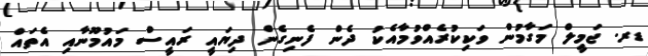
ޑރ. ޖަމީލް މަގާމުން ވަކިކުރެއްވުމާއެކު ދެން ފެނިގެން ދިޔައީ ރައީސް މައުމޫނާއި އެތައް